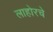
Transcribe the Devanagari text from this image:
लाहोरचे